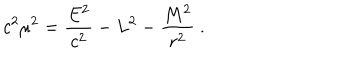
LaTeX: c ^ { 2 } \mu ^ { 2 } = { \frac { E ^ { 2 } } { c ^ { 2 } } } - L ^ { 2 } - { \frac { M ^ { 2 } } { r ^ { 2 } } } \ .